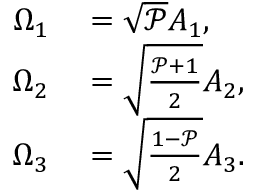
\begin{array} { r l } { \Omega _ { 1 } } & { { } = \sqrt { \mathcal { P } } A _ { 1 } , } \\ { \Omega _ { 2 } } & { { } = \sqrt { \frac { \mathcal { P } + 1 } { 2 } } A _ { 2 } , } \\ { \Omega _ { 3 } } & { { } = \sqrt { \frac { 1 - \mathcal { P } } { 2 } } A _ { 3 } . } \end{array}